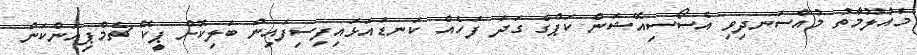
މައުލޫމާތު މުއްސަނދިވި އެސޯސިއޭޝަން ކަޕްގެ ގަދަ ފަހެއް ކަނޑައަޅައިފިސިފައިން ބަލިކޮށް ޕީކޭ ޗެމްޕިއަންކަން